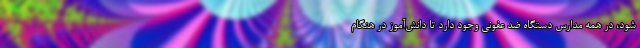
شود، در همه مدارس دستگاه ضد عفونی وجود دارد تا دانش‌آموز در هنگام